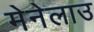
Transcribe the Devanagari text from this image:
मेनेलाउ